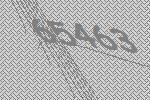
65463